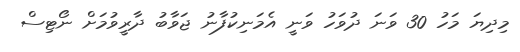
މިދިޔަ މަހު 30 ވަނަ ދުވަހު ވަނީ އެމަނިކުފާނު ޖަވާބު ދާރީވުމަށް ނޯޓިސް